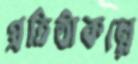
প্রতিষ্ঠাকল্পে